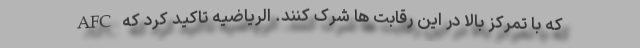
که با تمرکز بالا در این رقابت ها شرک کنند. الریاضیه تاکید کرد که AFC